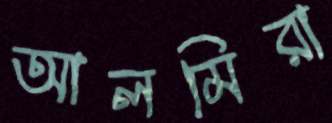
আলমিরা